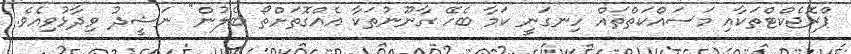
ޕްރޮޖެކްޓްތަކާއި މަސައްކަތްތައް ހިނގަނީ ކަމާ ބެހޭ ގާނޫނުތަކާ އެއްގޮތަށްތޯ ބެލުން" ނަޝީދު ވިދާޅުވިއެވެ.